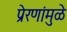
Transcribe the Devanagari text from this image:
प्रेरणांमुळे